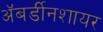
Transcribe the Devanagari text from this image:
अॅबर्डीनशायर